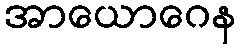
အာယောဂေန